Vaccination Hyderabad 1890-1903 - 1890-1903
Year: 1890
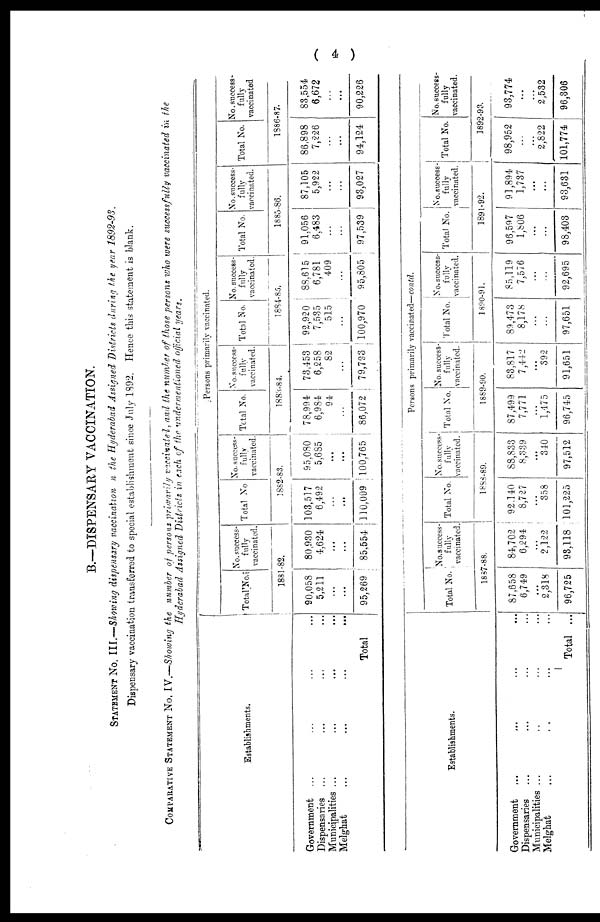
( 4 )
B.—DISPENSARY VACCINATION.
STATEMENT No. III.—Showing dispensary vaccination in the Hyderabad Assigned Districts during the year 1892-93.
Dispensary vaccination transferred to special establishment since July 1892. Hence this statement is blank.
COMPARATIVE STATEMENT No. IV.—Showing the number of persons primarily vaccinated, and the number of those persons who were successfully vaccinated in the
Hyderabad Assigned Districts in each of the undermentioned official years.
Establishments.
Government ...
Dispensaries ...
Municipalities ...
Melghat ... ... ... ...
Total
Persons primarily vaccinated.
Total No.1
No. success-
fully
vaccinated.
1881-82.
90,058
5,211
...
...
95,269
80,930
4,624
...
...
85,554
Total No
No. success-
fully
vaccinated.
1882-83.
103,517
6,492
...
...
110,009
95,080
5,685
...
...
100,765
Total No.
No. success-
fully
vaccinated.
1883-84.
78,994
6,984
94
...
86,072
73,453
6,258
82
...
79,793
Total No.
No. success¬
fully
vaccinated.
1884-85.
92,920
7,535
515
...
100,970
88,615
6,781
409
...
95,805
Total No.
No. success-
fully
vaccinated.
1885-86.
91,056
6,483
...
...
97,539
87,105
5,922
...
...
93,027
Total No.
No. success¬
fully
vaccinated
1886-87.
86,898
7,226
...
...
94,124
83,554
6,672
...
...
90,226
Establishments.
Government
...
...
...
...
Dispensaries ... ... ... ...
Municipalities ... ... ... ...
Melghat
...
...
...
...
Total ...
Persons primarily vaccinated—contd.
Total No.
No. success¬
fully
vaccinated.
1887-88.
87,658
6,749
...
2,318
96,725
84,702
6,294
...
2,122
93,118
Total No.
No. success-
fully
vaccinated.
1888-89.
92,140
8,727
...
358
101,225
88,833
8,339
...
340
97,512
Total No.
No. success-
fully
vaccinated.
1889-90.
87,499
7,771
...
1,475
96,745
83,817
7,442
...
392
91,651
Total No.
No. success-
fully
vaccinated.
1890-91.
89,473
8,178
...
...
97,651
85,119
7,576
...
...
92,695
Total No.
No. success¬
fully
vaccinated.
1891-92.
96,597
1,806
...
...
98,403
91,894
1,737
...
...
93,631
Total No.
No. success-
fully
vaccinated.
1892-93.
98,952
...
...
2,822
101,774
93,774
...
...
2,532
96,306